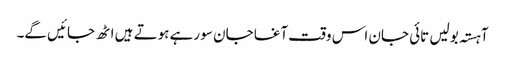
آہستہ بولیں تائی جان اس وقت آغا جان سو رہے ہوتے ہیں اٹھ جائیں گے۔